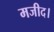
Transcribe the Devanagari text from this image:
मजीद।